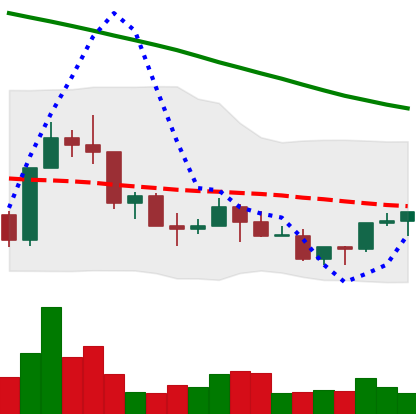
Ticker: NEO-USD
Chart end date: 2022-03-18
Forward return: 15.602%
Label: up_7plus